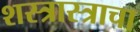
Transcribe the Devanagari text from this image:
शस्त्रास्त्राचा